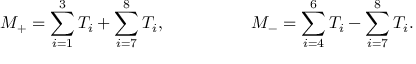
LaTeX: M _ { + } = \sum _ { i = 1 } ^ { 3 } T _ { i } + \sum _ { i = 7 } ^ { 8 } T _ { i } , \quad \quad \quad \quad \quad M _ { - } = \sum _ { i = 4 } ^ { 6 } T _ { i } - \sum _ { i = 7 } ^ { 8 } T _ { i } .